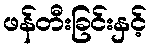
ဖန်တီးခြင်းနှင့်